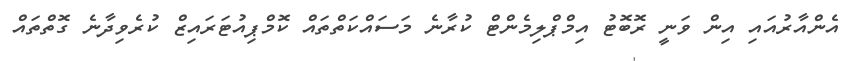
އެންއާރުއައި އިން ވަނީ ރޮބޮޓު އިމްޕްލިމެންޓް ކުރާނެ މަސައްކަތްތައް ކޮމްޕިއުޓަރައިޒް ކުރެވިދާނެ ގޮތްތައް